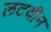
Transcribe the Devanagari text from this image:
लटवीन